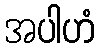
အပါဟံ